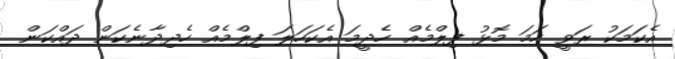
އެކަމަކު ރަވީ ހަމަ މޮޅު ފިލްމެއް ހެދީމަ އެކަހަލަ ފިލްމެއް ހެދިދާނެކަން ދައްކަން